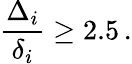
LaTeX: \frac{\Delta_{i}}{\delta_{i}}\ge 2.5\, .